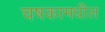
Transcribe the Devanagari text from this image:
चषकामधील